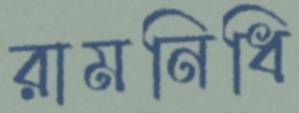
রামনিধি